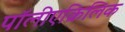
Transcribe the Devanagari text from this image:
पॉलीएक्रिलिक